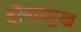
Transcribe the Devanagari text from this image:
दोनप्रमुख